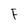
Character: F